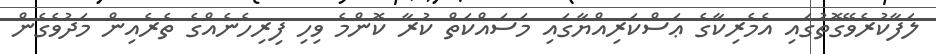
ލަފާކުރެވޭގޮތުގައި އެމެރިކާގެ ޢަސްކަރިއްޔާގައި މަސައްކަތް ކުރާ ކޮންމެ ވިހި ފިރިހެނެއްގެ ތެރެއިން މަދުވެގެން